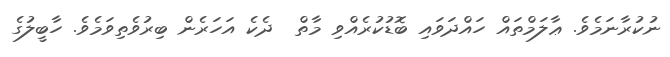
ނުކުރާނަމެވެ. ޢާލަމްތައް ހައްދަވައި ބޮޑުކުރެއްވި މާތް  ދެކެ އަހަރެން ބިރުވެތިވަމެވެ. ހާބީލުގެ